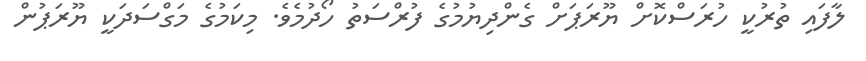
ލާފައި ތުރުކީ ހުރަސްކޮށް ޔޫރަޕަށް ގެންދިޔުމުގެ ފުރްސަތު ހޯދުމެވެ. މިކަމުގެ މަގްސަދަކީ ޔޫރަޕުން